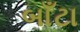
બાઁટા